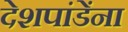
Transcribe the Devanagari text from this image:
देशपांडेंना